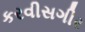
કરવીસગીર